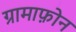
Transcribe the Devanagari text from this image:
ग्रामाफ़ोन